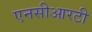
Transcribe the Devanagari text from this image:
एनसीआरटी